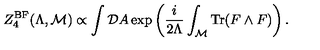
Z _ { 4 } ^ { \mathrm { B F } } ( \Lambda , { \cal M } ) \propto \int { \cal D } A \exp \left( { \frac { i } { 2 \Lambda } } \int _ { \cal M } \mathrm { T r } ( F \wedge F ) \right) .